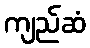
ကျည်ဆံ